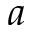
a